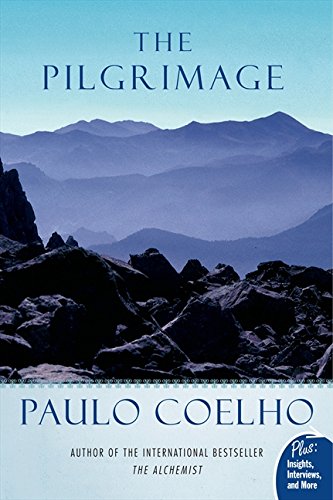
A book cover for The Pilgrimage (Plus); Paulo Coelho; Literature & Fiction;